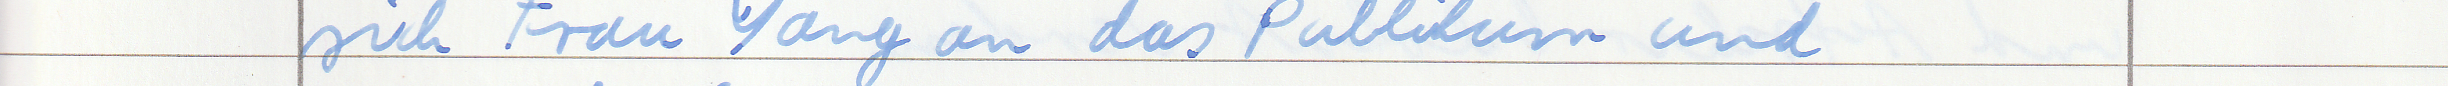
sich Frau Yang an das Publikum und